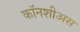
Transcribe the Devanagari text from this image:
कॉनशीअस